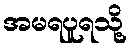
အမရပူရသို့